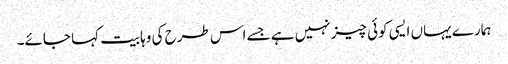
ہمارے یہاں ایسی کوئی چیز نہیں ہے جسے اس طرح کی وہابیت کہا جائے۔